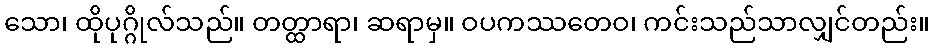
သော၊ ထိုပုဂ္ဂိုလ်သည်။ တတ္ထာရာ၊ ဆရာမှ။ ဝပကဿတေဝ၊ ကင်းသည်သာလျှင်တည်း။